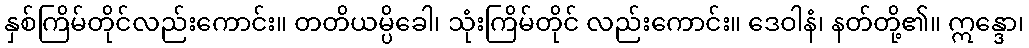
နှစ်ကြိမ်တိုင်လည်းကောင်း။ တတိယမ္ပိခေါ၊ သုံးကြိမ်တိုင် လည်းကောင်း။ ဒေဝါနံ၊ နတ်တို့၏။ ဣန္ဒော၊